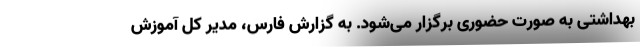
بهداشتی به صورت حضوری برگزار می‌شود. به گزارش فارس، مدیر کل آموزش